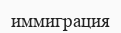
иммиграция